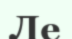
Ле